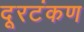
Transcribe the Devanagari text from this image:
दूरटंकण